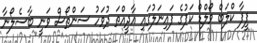
ފީފާ ކްލަބް ވޯލްޑް ކަޕުގެ ފައިނަލުގައި އާދީއްތަ ދުވަހު ސަންތޯސް ވަނީ ބާސެލޯނާ